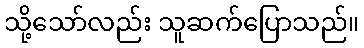
သို့သော်လည်း သူဆက်ပြောသည်။